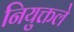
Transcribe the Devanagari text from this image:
नियुक्तले